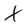
Character: X